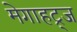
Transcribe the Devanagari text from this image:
मेगाहट्र्ज